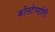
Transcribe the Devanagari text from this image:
कोंनटेम्पोरेरी